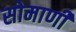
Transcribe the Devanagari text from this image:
सोमाणी